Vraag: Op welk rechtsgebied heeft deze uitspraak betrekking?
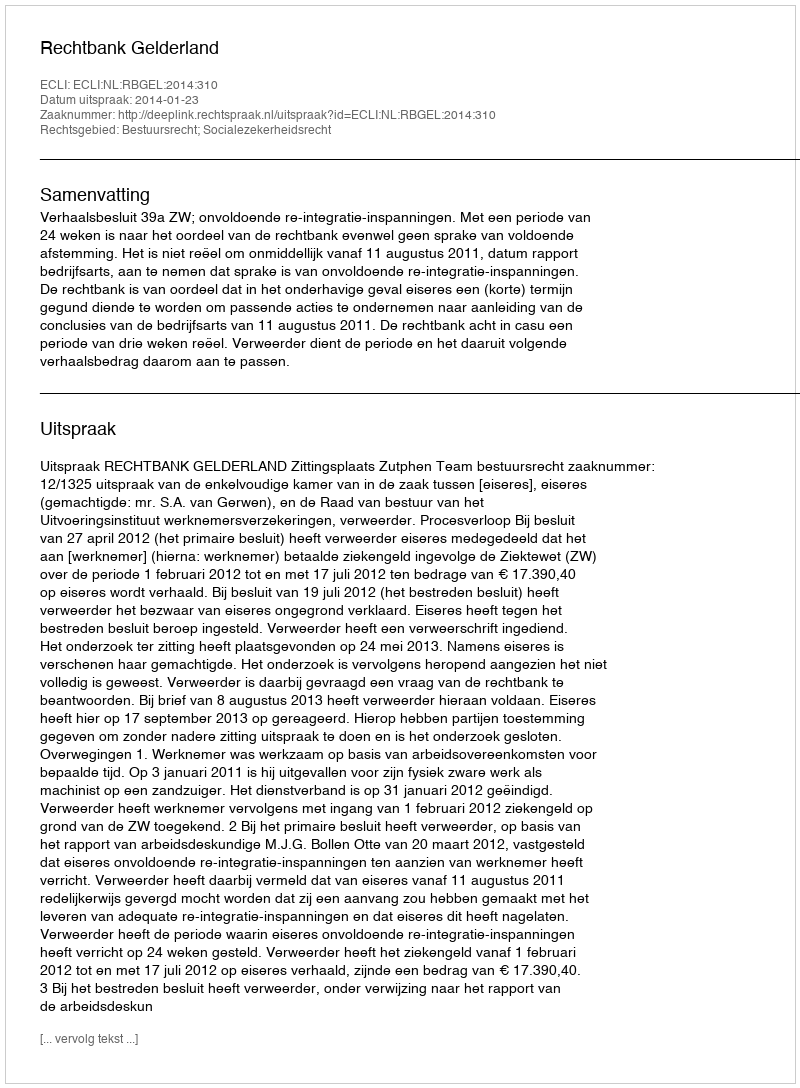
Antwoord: Bestuursrecht; Socialezekerheidsrecht